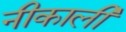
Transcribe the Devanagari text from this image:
नीकाली